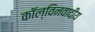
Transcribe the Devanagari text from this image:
कॉल्विनवादीय